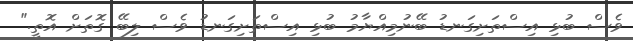
ވެސް ބުޅި އިސްތަށިގަނޑު ބޭނުމިއްޔާމު ބުޅި އިސްތަށިގަނޑު ވެސް ލިބޭ ގޮތަށް އޮތީ."